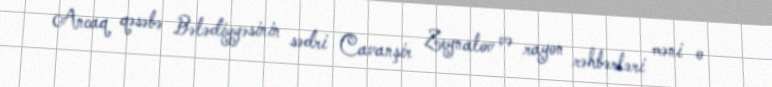
Ancaq qəsəbə Bələdiyyəsinin sədri Cavanşir Zeynalov və rayon rəhbərləri məni o